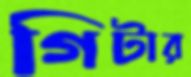
গিটার